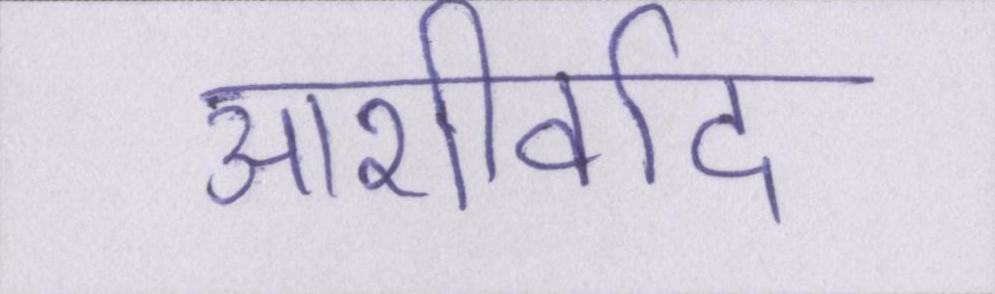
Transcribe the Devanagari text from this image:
आशीर्वाद